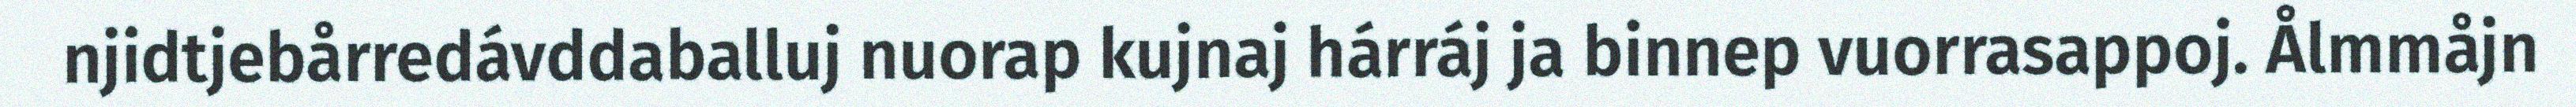
njidtjebårredávddaballuj nuorap kujnaj hárráj ja binnep vuorrasappoj. Ålmmåjn